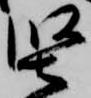
堅